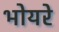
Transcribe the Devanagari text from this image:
भोयरे